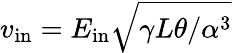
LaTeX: v_{\mathrm{in}}=E_{\mathrm{in}}\sqrt{\gamma L\theta/\alpha^{3}}